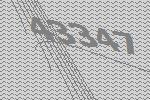
43347